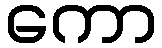
ကော